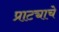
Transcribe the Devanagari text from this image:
प्राट्याचे